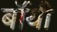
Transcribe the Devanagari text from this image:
बॉंयी